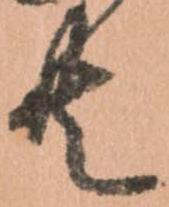
共